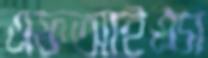
এফআইএস